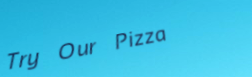
Try Our Pizza